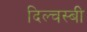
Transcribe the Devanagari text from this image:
दिल्चस्बी